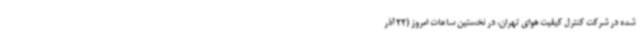
شده در شرکت کنترل کیفیت هوای تهران، در نخستین ساعات امروز (22 آذر